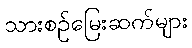
သားစဉ်မြေးဆက်များ